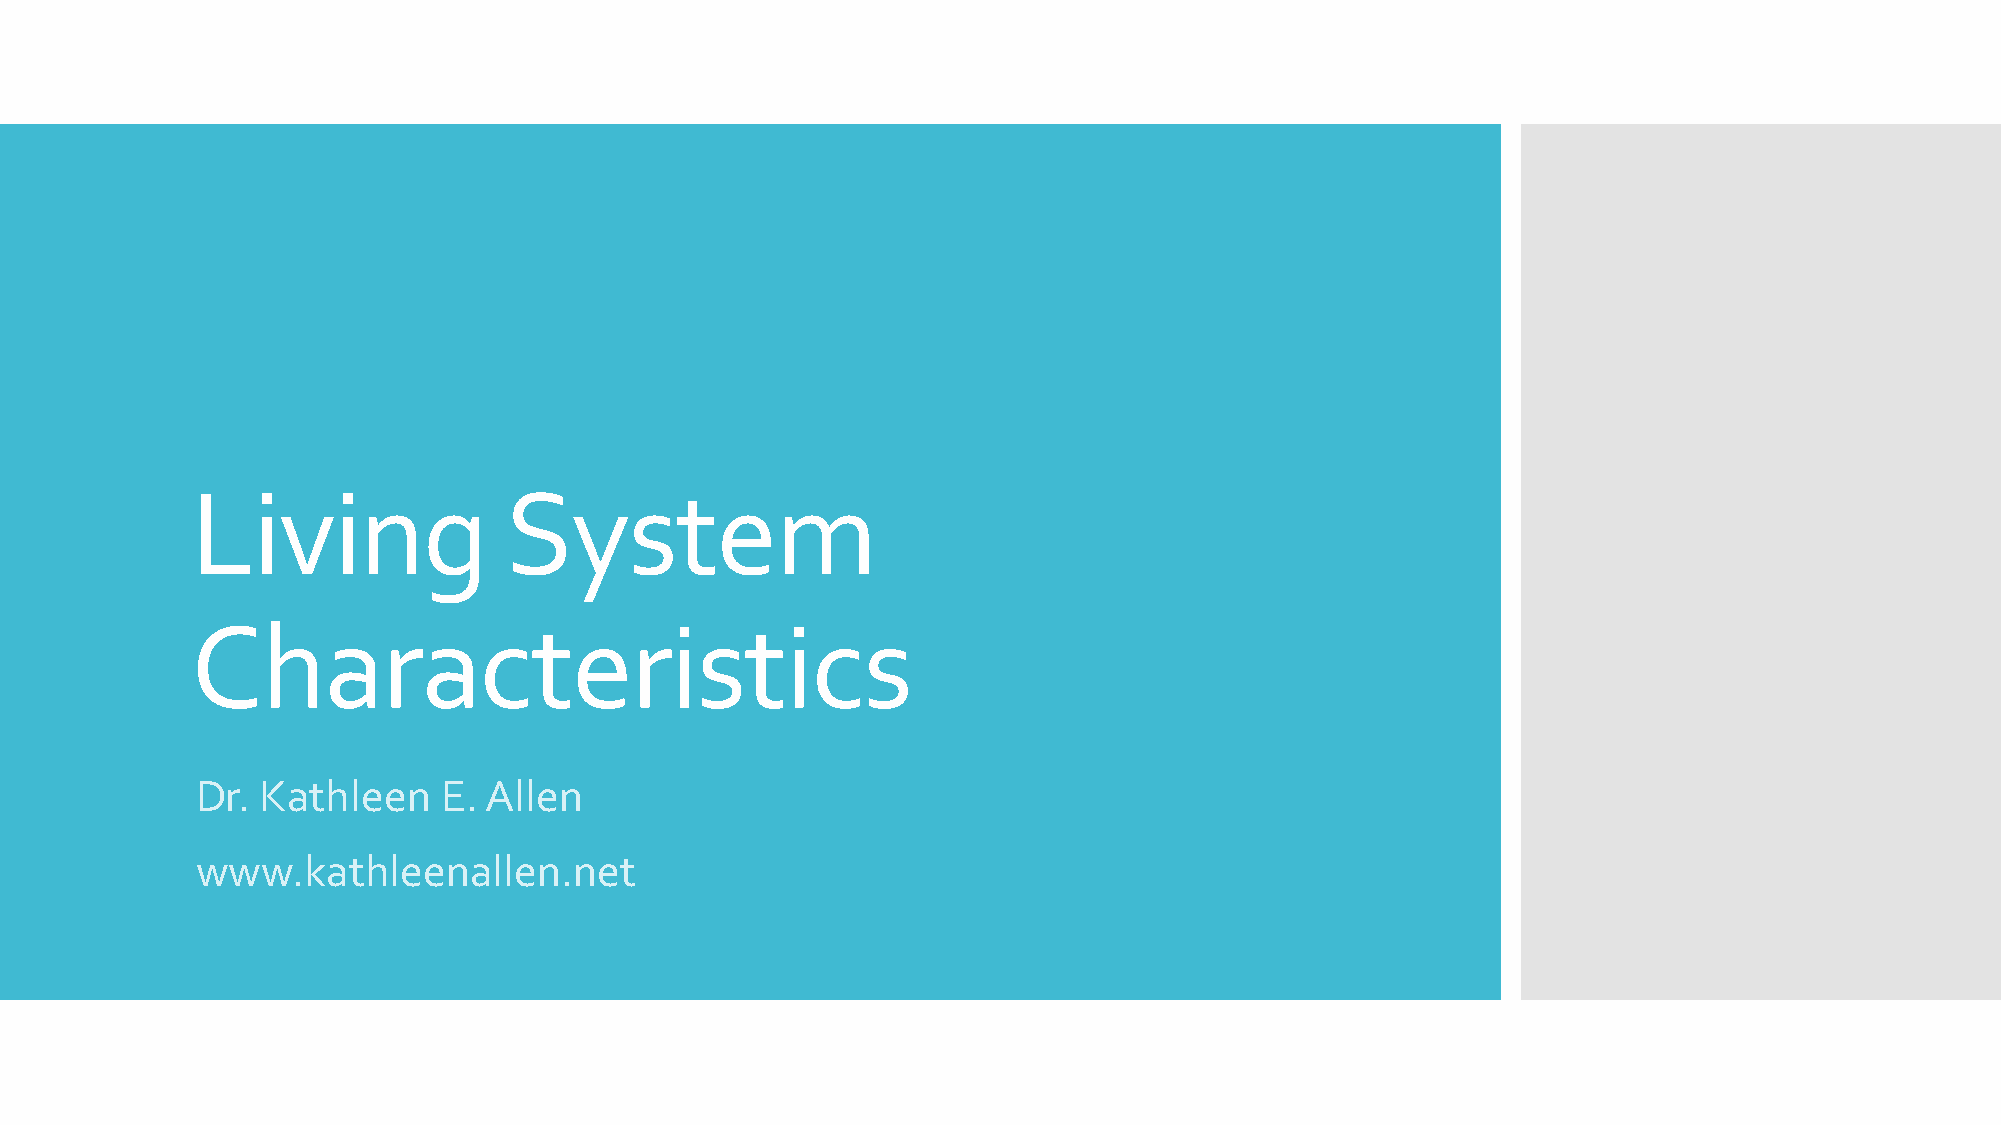
Living              System
 Characteristics
 Dr. Kathleen    E. Allen
 www.kathleenallen.net